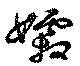
孀